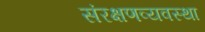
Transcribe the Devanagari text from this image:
संरक्षणव्यवस्था